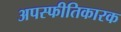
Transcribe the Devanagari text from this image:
अपस्फीतिकारक